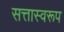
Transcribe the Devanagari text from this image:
सत्तास्वरूप